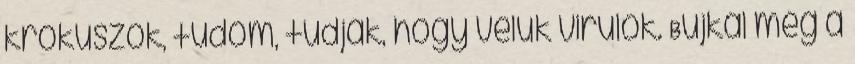
krókuszok, tudom, tudják, hogy velük virulok. Bujkál még a